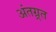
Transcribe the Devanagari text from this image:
अंतग्र्रत